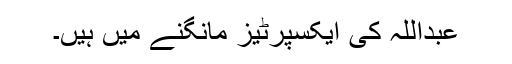
عبداللہ کی ایکسپرٹیز مانگنے میں ہیں۔